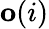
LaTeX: \mathbf{o}(i)